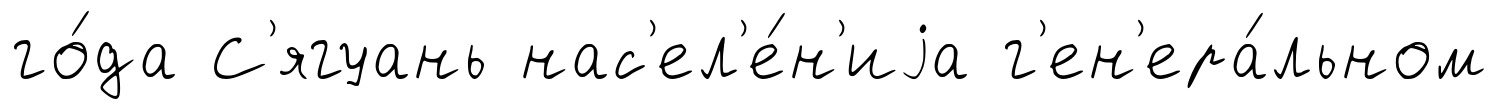
го́да С'ягуань нас'ел'е́н'иjа г'ен'ера́льном